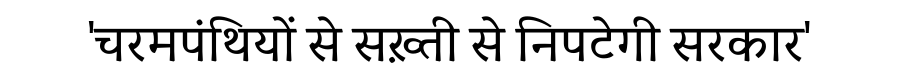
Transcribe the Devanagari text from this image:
'चरमपंथियों से सख़्ती से निपटेगी सरकार'